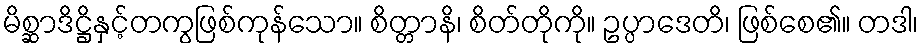
မိစ္ဆာဒိဋ္ဌိနှင့်တကွဖြစ်ကုန်သော။ စိတ္တာနိ၊ စိတ်တိုကို။ ဥပ္ပာဒေတိ၊ ဖြစ်စေ၏။ တဒါ၊